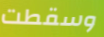
وسقطت